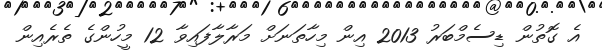
އެ ގޮތުން ޑިސެމްބަރު 2013 އިން މިހާތަނަށް މަރާލާފައިވާ 12 މީހުންގެ ތެރެއިން